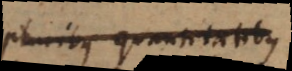
pluribus quantitatibus